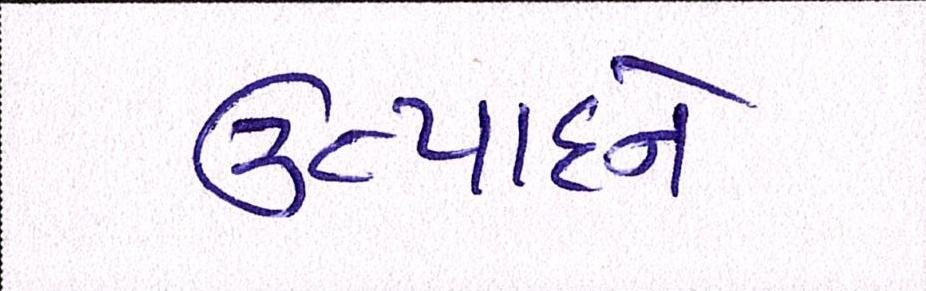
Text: ઉત્પાદને